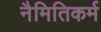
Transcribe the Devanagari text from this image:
नैमितिकर्म